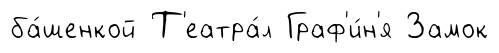
ба́шенкой Т'еатра́л Граф'и́н'я Замок